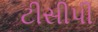
ટીસીપી